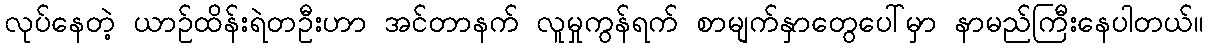
လုပ်နေတဲ့ ယာဉ်ထိန်းရဲတဦးဟာ အင်တာနက် လူမှုကွန်ရက် စာမျက်နှာတွေပေါ်မှာ နာမည်ကြီးနေပါတယ်။